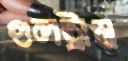
গুলট্রাম